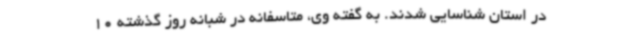
در استان شناسایی شدند. به گفته وی، متاسفانه در شبانه روز گذشته 10